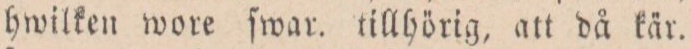
hwilken wore ſwar. tillhörig, att då kär.